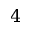
4